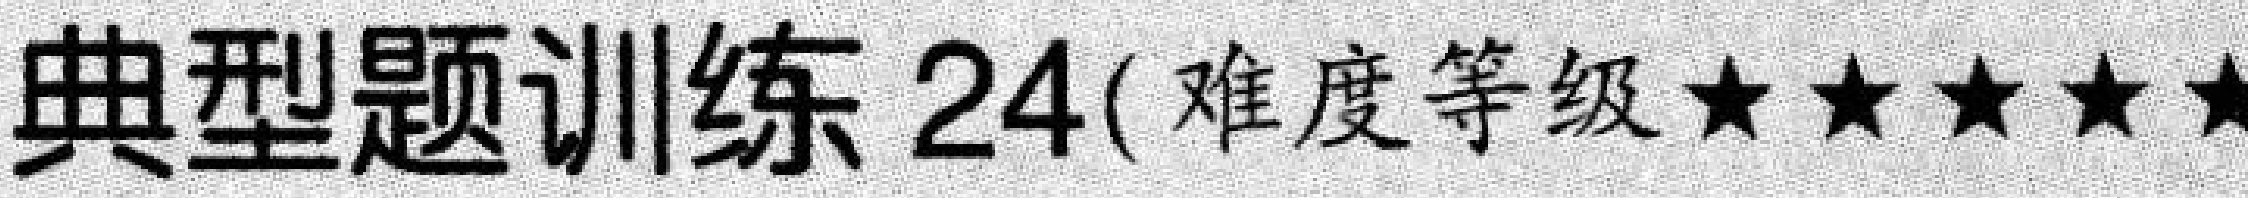
典型题训练 24( 难度等级★★★★★